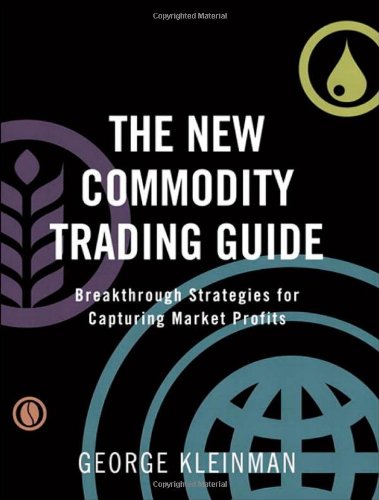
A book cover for The New Commodity Trading Guide: Breakthrough Strategies for Capturing Market Profits; George Kleinman; Business & Money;